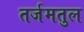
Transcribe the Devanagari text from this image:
तर्जमतुल